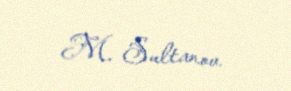
M. Sultanov